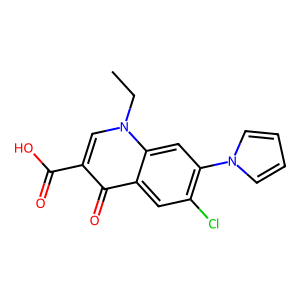
SMILES: CCn1cc(C(=O)O)c(=O)c2cc(Cl)c(-n3cccc3)cc21
Inhibits HIV replication: No